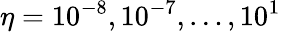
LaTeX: \eta=10^{-8},10^{-7},\dotsc,10^{1}